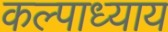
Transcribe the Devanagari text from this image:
कल्पाध्याय